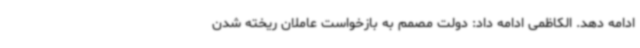
ادامه دهد. الکاظمی ادامه داد: دولت مصمم به بازخواست عاملان ریخته شدن